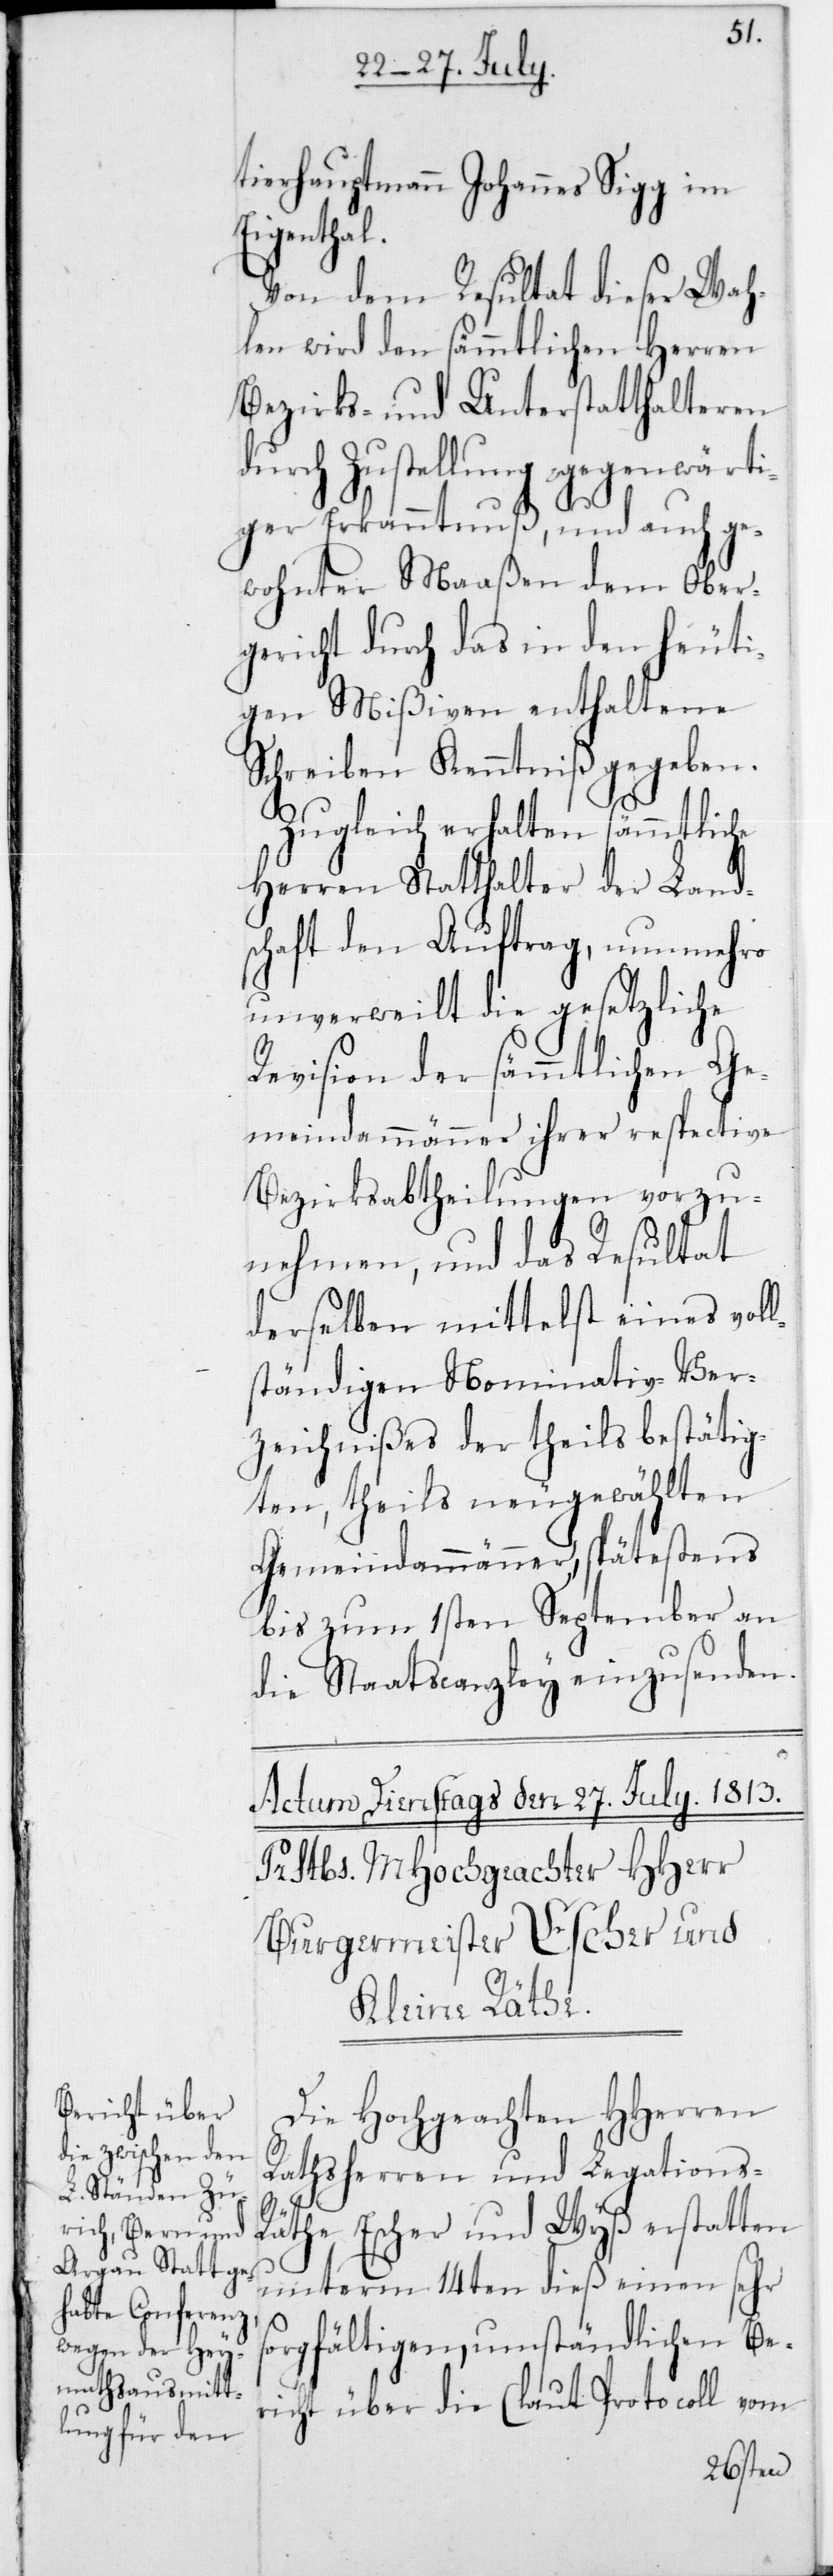
tierhauptmann Johannes Sigg im
Eigenthal.
Von dem Resultat dieser Wah¬
len wird den sämmtlichen Herren
Bezirks- und Unterstatthalteren
durch Zustellung gegenwärti¬
ger Erkanntnuß, und auch ge¬
wohnter Maaßen dem Ober¬
gericht durch das in den heuti¬
gen Mißiven enthaltene
Schreiben Kenntniß gegeben.
Zugleich erhalten sämmtliche
Herren Statthalter der Land¬
schaft den Auftrag, nunmehro
unverweilt die gesetzliche
Revision der sämmtlichen Ge¬
meindammänner ihrer respective
Bezirksabtheilungen vorzu¬
nehmen, und das Resultat
derselben mittelst eines vol¬
lständigen Nominativ-Ver¬
zeichnißes der theils bestätig¬
ten, theils neu gewählten
Gemeindammänner, spätestens
bis zum 1sten September an
die Staatscanzley einzusenden.
Die Hochgeachten HHerren
Rathsherren und Legations-R¬
äthe Escher und Wyß erstatten
unterm 14ten dieß einen sehr
sorgfältigen, umständlichen Be¬
richt über die (laut Protocoll vom